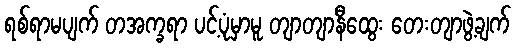
ရစ်ရာမပျက် တအက္ခရာ ပင့်ပုံမှာမူ တျာတျာနီထွေး တေးတျာဖွဲ့ချက်